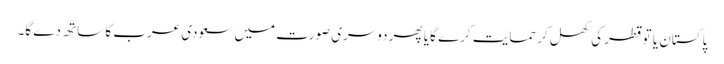
پاکستان یا تو قطر کی کھل کر حمایت کرے گا یا پھر دوسری صورت میں سعودی عرب کا ساتھ دے گا۔